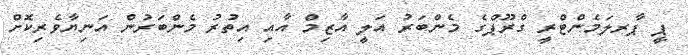
ޕީ ޕާރލަމެންޓްރީ ގްރޫޕްގެ މެންބަރު އަލީ އާޒިމް އާއި އިތުރު މެންބަރުން އަނިޔާވެރިކޮށް